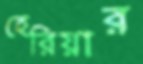
হেরিয়ার